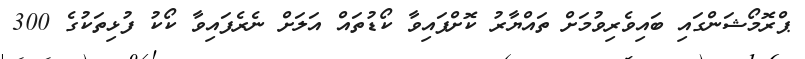
ޕްރޮމޯޝަންގައި ބައިވެރިވުމަށް ތައްޔާރު ކޮށްފައިވާ ކޯޑުތައް އަލަށް ނެރެފައިވާ ކޯކު ފުޅިތަކުގެ 300